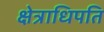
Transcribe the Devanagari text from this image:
क्षेत्राधिपति